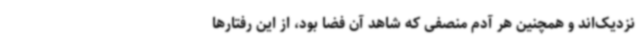
نزدیک‌اند و همچنین هر آدم منصفی که شاهد آن فضا بود، از این رفتارها